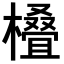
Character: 𣜖